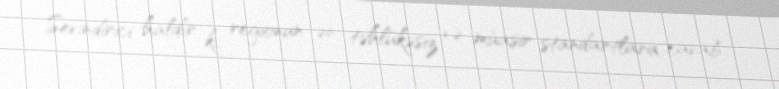
Sevindirici haldır ki, regionun ən təhlükəsiz və müasir standartlara cavab